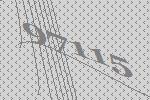
97115